Source: Computer-generated
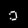
Digit: ၁ (1)